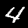
Digit: 4